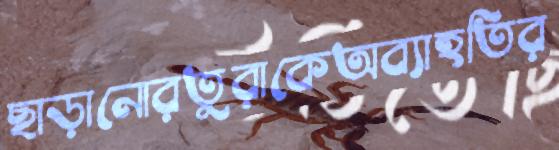
ছাড়ানোরতুরাকেঅব্যাহতির